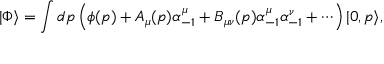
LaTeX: | \Phi \rangle = \int d p \left( \phi ( p ) + A _ { \mu } ( p ) \alpha _ { - 1 } ^ { \mu } + B _ { \mu \nu } ( p ) \alpha _ { - 1 } ^ { \mu } \alpha _ { - 1 } ^ { \nu } + \cdots \right) | 0 , p \rangle ,